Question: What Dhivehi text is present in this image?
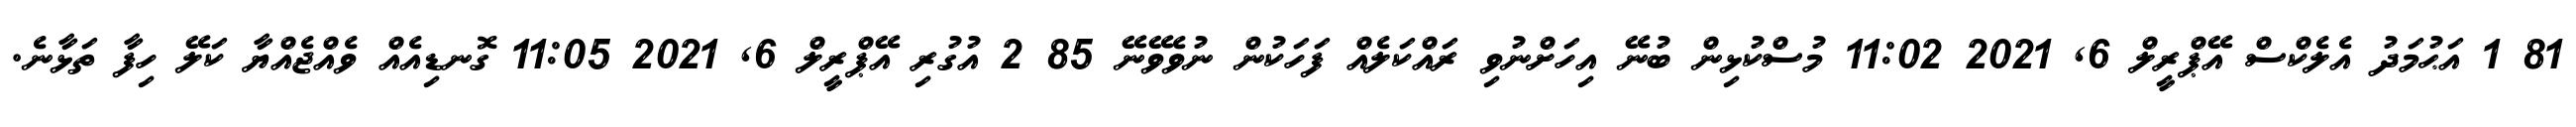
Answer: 81 1 އަޙުމަދު އެލެކްސް އޭޕްރީލް 6, 2021 11:02 މުސްކުޅިން ބުނޭ އިހަށްނުވި ރައްކަލެއް ފަހަކުން ނުވެވޭނޭ 85 2 އުގުރި އޭޕްރީލް 6, 2021 11:05 ގޮނޑިއެއް ވެއްޖެއްޔާ ކަލޭ ހިފާ ތަޅާނެ.